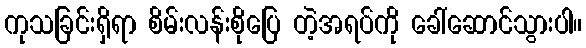
ကုသခြင်းရှိရာ စိမ်းလန်းစိုပြေ တဲ့အရပ်ကို ခေါ်ဆောင်သွားပါ။